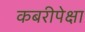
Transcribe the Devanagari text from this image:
कबरीपेक्षा